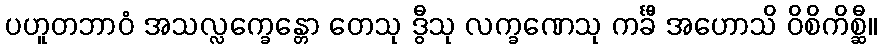
ပဟူတဘာဝံ အသလ္လက္ခေန္တော တေသု ဒွီသု လက္ခဏေသု ကင်္ခီ အဟောသိ ဝိစိကိစ္ဆီ။